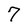
Character: 7